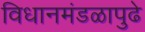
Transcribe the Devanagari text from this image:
विधानमंडळापुढे